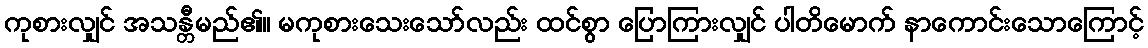
ကုစားလျှင် အသန္တီမည်၏။ မကုစားသေးသော်လည်း ထင်စွာ ပြောကြားလျှင် ပါတိမောက် နာကောင်းသောကြောင့်